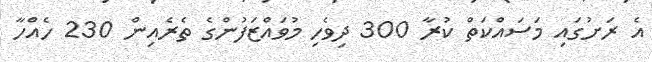
އެ ރަށުގައި މަސައްކަތް ކުރާ 300 ދިވެހި މުވައްޒަފުންގެ ތެރެއިން 230 ހެއްހާ